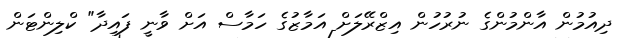
ދިއުމުން އާންމުންގެ ނުރުހުން އިޒްރޭލަށް އަމާޒުގެ ހަމާސް އަށް ވާނީ ފައިދާ" ކްލިންޓަން